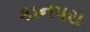
કાનપરા